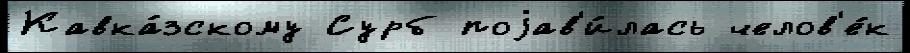
Кавка́зскому Сурб поjав'и́лась челов'е́к